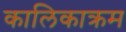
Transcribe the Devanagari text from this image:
कालिकाक्रम